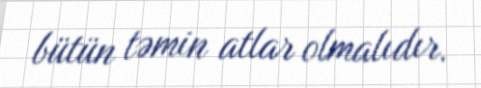
bütün təmin atlar olmalıdır.